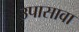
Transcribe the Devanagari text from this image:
उपासावा